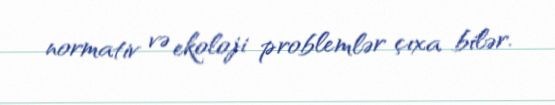
normativ və ekoloji problemlər çıxa bilər.